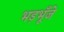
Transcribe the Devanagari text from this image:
भड़भूँजे